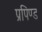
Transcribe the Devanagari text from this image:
प्रपिण्ड